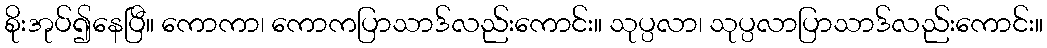
စိုးအုပ်၍နေပြီ။ ကောကာ၊ ကောကပြာသာဒ်လည်းကောင်း။ သုပ္ပလာ၊ သုပ္ပလာပြာသာဒ်လည်းကောင်း။